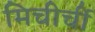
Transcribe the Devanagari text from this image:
मिचीर्ची